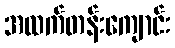
အထက်တန်းကျောင်း